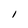
Character: I